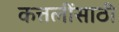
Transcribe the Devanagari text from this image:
कत्तलींसाठी